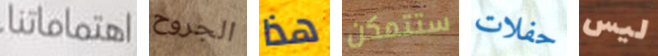
اهتماماتنا الجروح هذا ستتمكن حفلات ليس